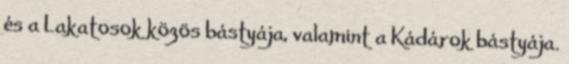
és a Lakatosok közös bástyája, valamint a Kádárok bástyája.